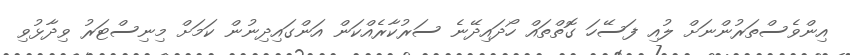
އިންވެސްތަރުންނަށް ލުއި ފަސޭހަ ގޮތްތައް ހޯދައިދޭނެ ސަރުކާރެއްކަން އަންގައިދިނުން ކަމަށް މިނިސްޓަރު ވިދާޅުވި